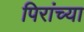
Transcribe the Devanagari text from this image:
पिरांच्या